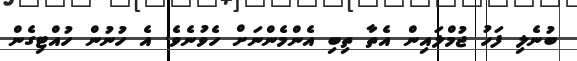
ބުނެލި ފަހު ޖުމްލައިން އެތާ ތިބި އެންމެންނަށް ހެވުނެވެ. އެ ހުނުން ހުއްޓިގެން